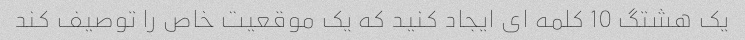
یک هشتگ 10 کلمه ای ایجاد کنید که یک موقعیت خاص را توصیف کند